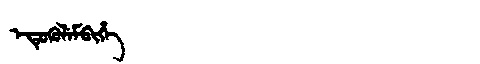
Manchu: ᡝᡨᡠᡴᡠᠯᡝᠮᠪᡳᡥᡝ
Romanization: ETUKULEMBIHE